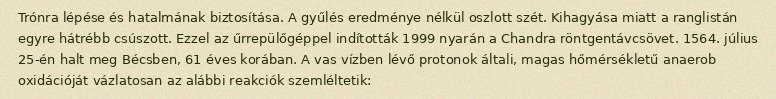
Trónra lépése és hatalmának biztosítása. A gyűlés eredménye nélkül oszlott szét. Kihagyása miatt a ranglistán egyre hátrébb csúszott. Ezzel az űrrepülőgéppel indították 1999 nyarán a Chandra röntgentávcsövet. 1564. július 25-én halt meg Bécsben, 61 éves korában. A vas vízben lévő protonok általi, magas hőmérsékletű anaerob oxidációját vázlatosan az alábbi reakciók szemléltetik: